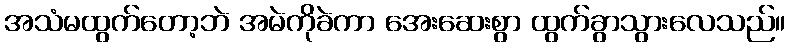
အသံမထွက်တော့ဘဲ အမဲကိုခဲကာ အေးဆေးစွာ ထွက်ခွာသွားလေသည်။